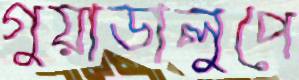
গুয়াডালুপে